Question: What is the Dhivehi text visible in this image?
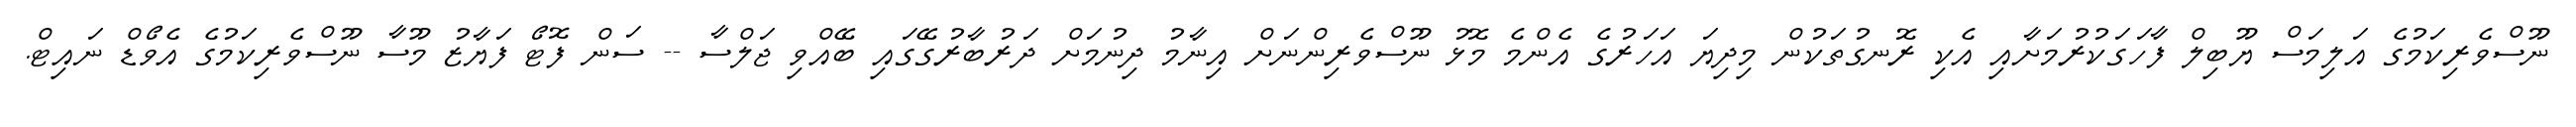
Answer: ނޫސްވެރިކަމުގެ އަލިމަސް ޔޫބިލް ފާހަގަކުރުމަށާއި އެކި ރޮނގުތަކުން މިދިޔަ އަހަރުގެ އެންމެ މޮޅު ނޫސްވެރިންނަށް އިނާމު ދިނުމަށް ދަރުބާރުގޭގައި ބޭއްވި ޖަލްސާ -- ސަން ފޮޓޯ ފަޔާޒު މޫސާ ނޫސްވެރިކަމުގެ އެވޯޑް ނައިޓް.